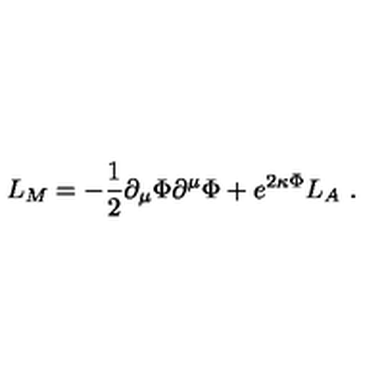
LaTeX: L _ { M } = - \frac { 1 } { 2 } \partial _ { \mu } \Phi \partial ^ { \mu } \Phi + e ^ { 2 \kappa \Phi } L _ { A } \ .